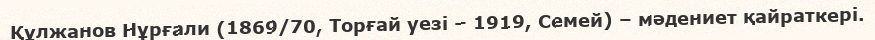
Құлжанов Нұрғали (1869/70, Торғай уезі – 1919, Семей) – мәдениет қайраткері.